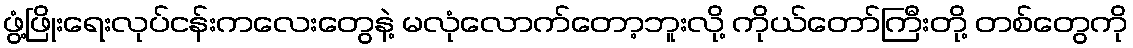
ဖွံ့ဖြိုးရေးလုပ်ငန်းကလေးတွေနဲ့ မလုံလောက်တော့ဘူးလို့ ကိုယ်တော်ကြီးတို့ တစ်တွေကို